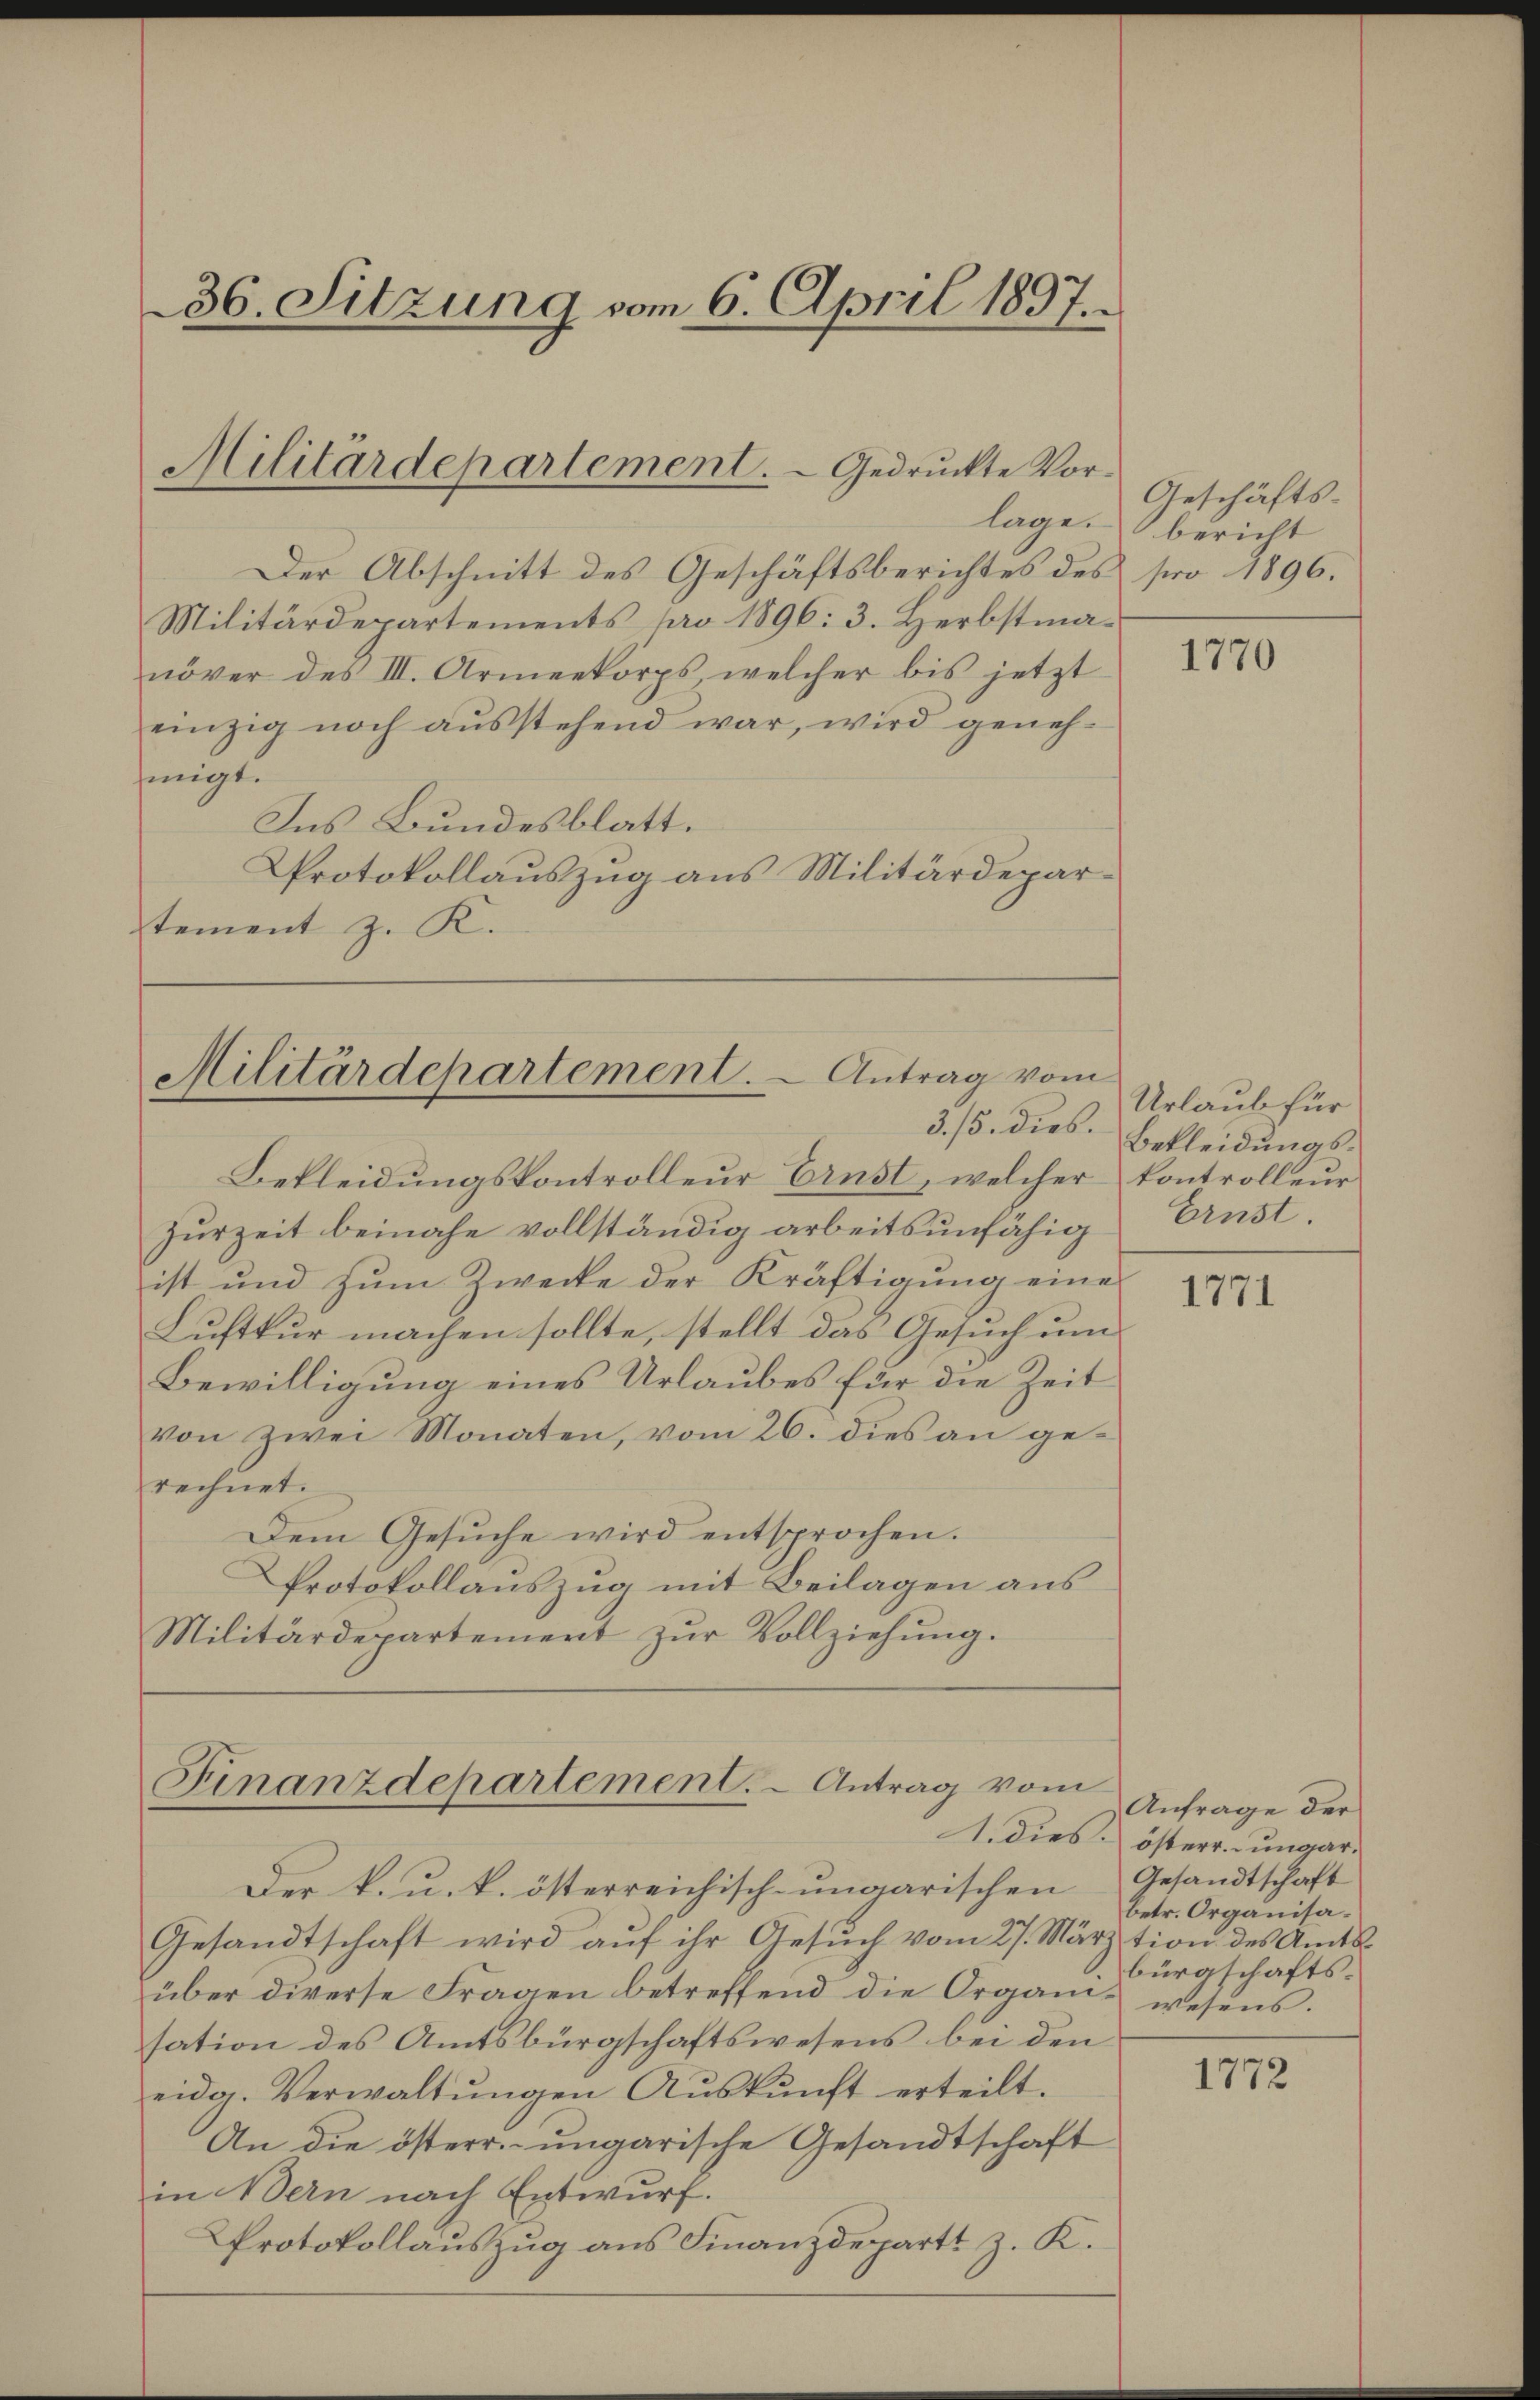
36. Sitzung vom 6. April 1897.

Militärdepartement. - Gedruckte Vor-

Militärdepartement. - Antrag vom
3. 15. dies.

Finanzdepartement. - Antrag vom

Bekleidungskontrolleur Ernst, welcher kontrolleur
Zurzeit beinahe vollständig arbeitsunfähig Ernst.
ist und zum Zwecke der Kräftigung eines
Luftkur machen sollte, stellt das Gesuch um
Bewilligung eines Urlaubes für die Zeit
von Zwei Monaten, vom 26. dies an gerechnet.
Dem Gesuche wird entsprochen.
Protokollauszug mit Beilagen aus
Militärdepartement zŭr Vollziehŭng.

Der Abschnitt des Geschäftsberichtes des pro 1896.
Militärdepartements pro 1896: 3. Herbstmanöver des III. Armeekorps, welcher bis jetzt
einzig noch aŭsstehend war, wird genehsiigt.
Ins Bundesblatt.
Protokollauszug aus Militärdepartement z. K.

Geschäfts-
lage bericht

Der k. u. k. österreichisch-ungarischen Gesandtschaft
Gesandtschaft wird aŭf ihr Gesŭch vom 27. März tion des Amts
über diverse Fragen betreffend die Organi- wesens.
sation des Amtsbürgschaftswesens bei den
eidg. Verwaltŭngen Aŭskŭnft erteilt.
An die österr.-ungarische Gesandtschaft
in Bern nach Entwurf.
Protokollauszug aus Finanzdepart z. K.

1770

Urlaub für
Bekleidungs¬

1771

Anfrage der
1. Dies österr. ungar.
betr. Organisabürgschafts¬

1772